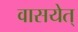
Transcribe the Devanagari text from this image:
वासयेत्